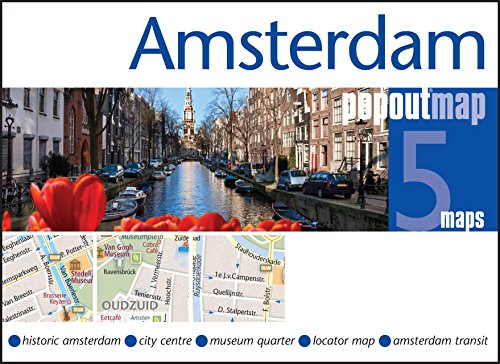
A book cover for Amsterdam PopOut Map (PopOut Maps); Popout Maps; Travel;